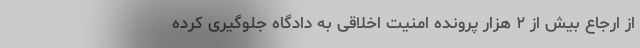
از ارجاع بیش از ۲ هزار پرونده امنیت اخلاقی به دادگاه جلوگیری کرده